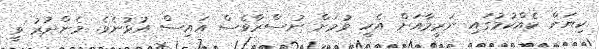
ކިޔަން ކެއްކުމުގައި ނަރީމާއަށް އެހީ ވުމަށް ނުސްރާވެސް އައިސް އުޅުނެވެ. މެންދުރު ވީ